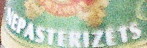
NEPASTEKIZETS